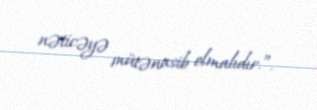
nəticəyə mütənasib olmalıdır.”.